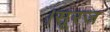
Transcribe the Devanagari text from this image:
।सूरज